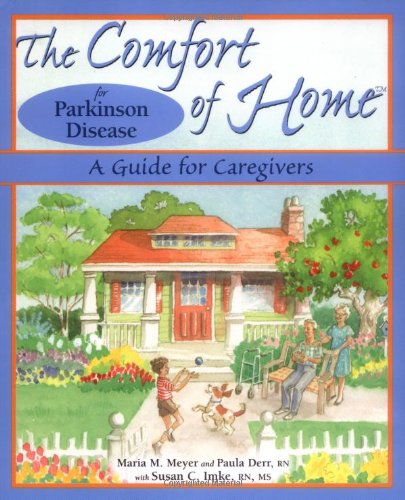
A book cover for The Comfort of Home for Parkinson Disease: A Guide for Caregivers; Maria M. Meyer; Health, Fitness & Dieting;